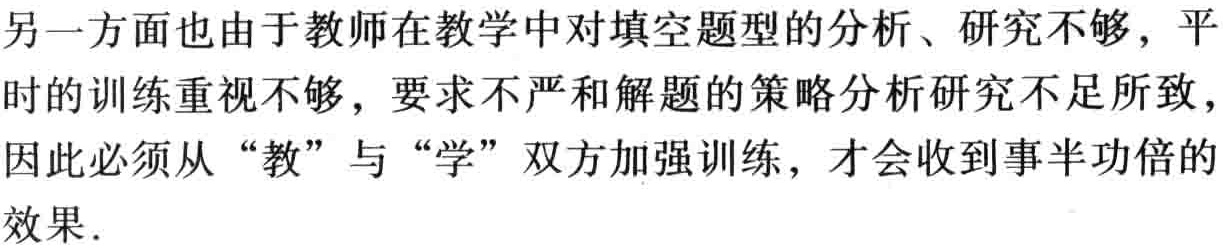
另一方面也由于教师在教学中对填空题型的分析、研究不够，平时的训练重视不够，要求不严和解题的策略分析研究不足所致，因此必须从 “教” 与 “学” 双方加强训练，才会收到事半功倍的效果.